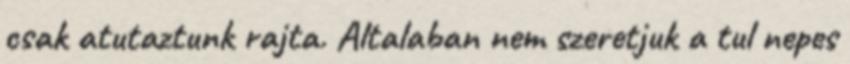
csak atutaztunk rajta. Altalaban nem szeretjuk a tul nepes